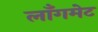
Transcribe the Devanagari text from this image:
लाँगमेट